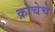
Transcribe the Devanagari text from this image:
क्रोचेचे